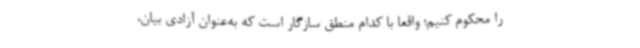
را محکوم کنیم؛ واقعاً با کدام منطق سازگار است که به‌عنوان آزادی بیان،